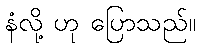
နံလို့ ဟု ပြောသည်။